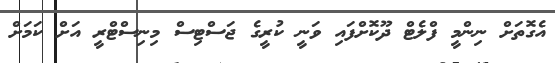
އެގޮތަށް ނިންމީ ފްލެޓް ދޫކޮށްފައި ވަނީ ކުރީގެ ޖަސްޓިސް މިނިސްޓްރީ އަށް ކަމަށް